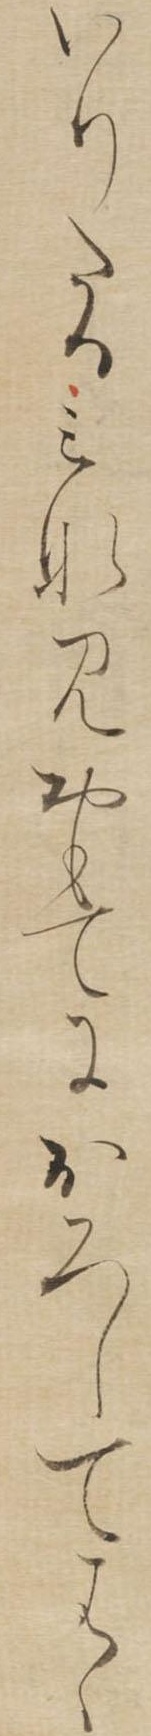
いりたるみなみおもてにおろしてはゝ